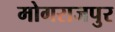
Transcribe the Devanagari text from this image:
मोगराजपुर